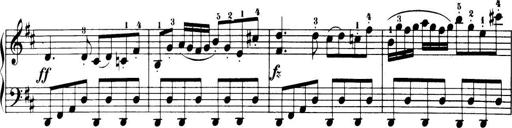
Title: 32 Sonatinas and Rondos for the Piano
Composer: Richard Kleinmichel